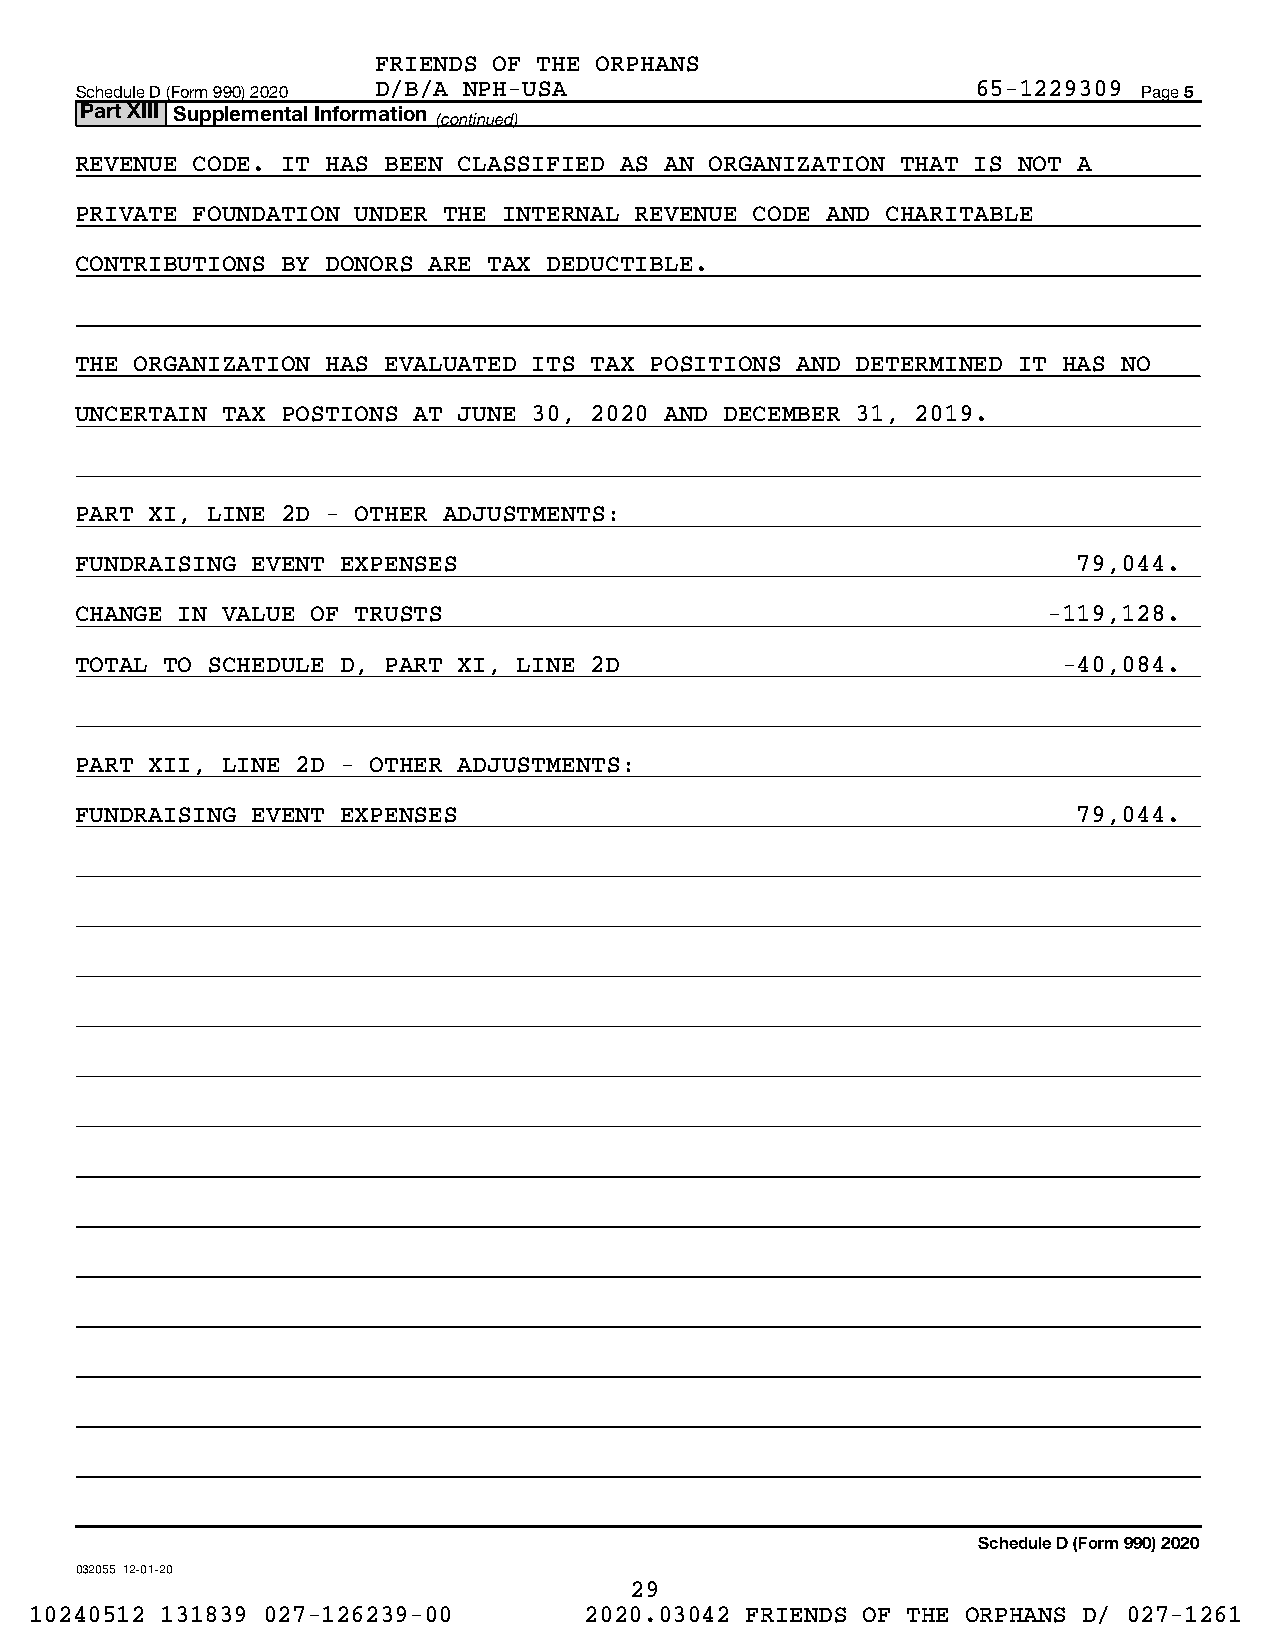
FRIENDS OF THE ORPHANS
 Schedule D (Form 990) 2020 D/B/A NPH-USA                    65-1229309 Page 5
 Part XIII Supplemental Information
 (continued)
 REVENUE CODE. IT HAS BEEN CLASSIFIED AS AN ORGANIZATION THAT IS NOT A
 PRIVATE FOUNDATION UNDER THE INTERNAL REVENUE CODE AND CHARITABLE
 CONTRIBUTIONS BY DONORS ARE TAX DEDUCTIBLE.
 THE ORGANIZATION HAS EVALUATED ITS TAX POSITIONS AND DETERMINED IT HAS NO
 UNCERTAIN TAX POSTIONS AT JUNE 30, 2020 AND DECEMBER 31, 2019.
 PART XI, LINE 2D - OTHER ADJUSTMENTS:
 FUNDRAISING EVENT EXPENSES                                        79,044.
 CHANGE IN VALUE OF TRUSTS                                       -119,128.
 TOTAL TO SCHEDULE D, PART XI, LINE 2D                            -40,084.
 PART XII, LINE 2D - OTHER ADJUSTMENTS:
 FUNDRAISING EVENT EXPENSES                                        79,044.
 Schedule D (Form 990) 2020
 032055 12-01-20
 29
 10240512 131839 027-126239-00        2020.03042 FRIENDS OF THE ORPHANS D/ 027-1261